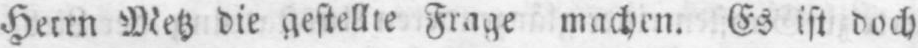
Herrn Metz die gestellte Frage machen. Es ist doch